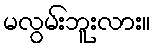
မလွမ်းဘူးလား။